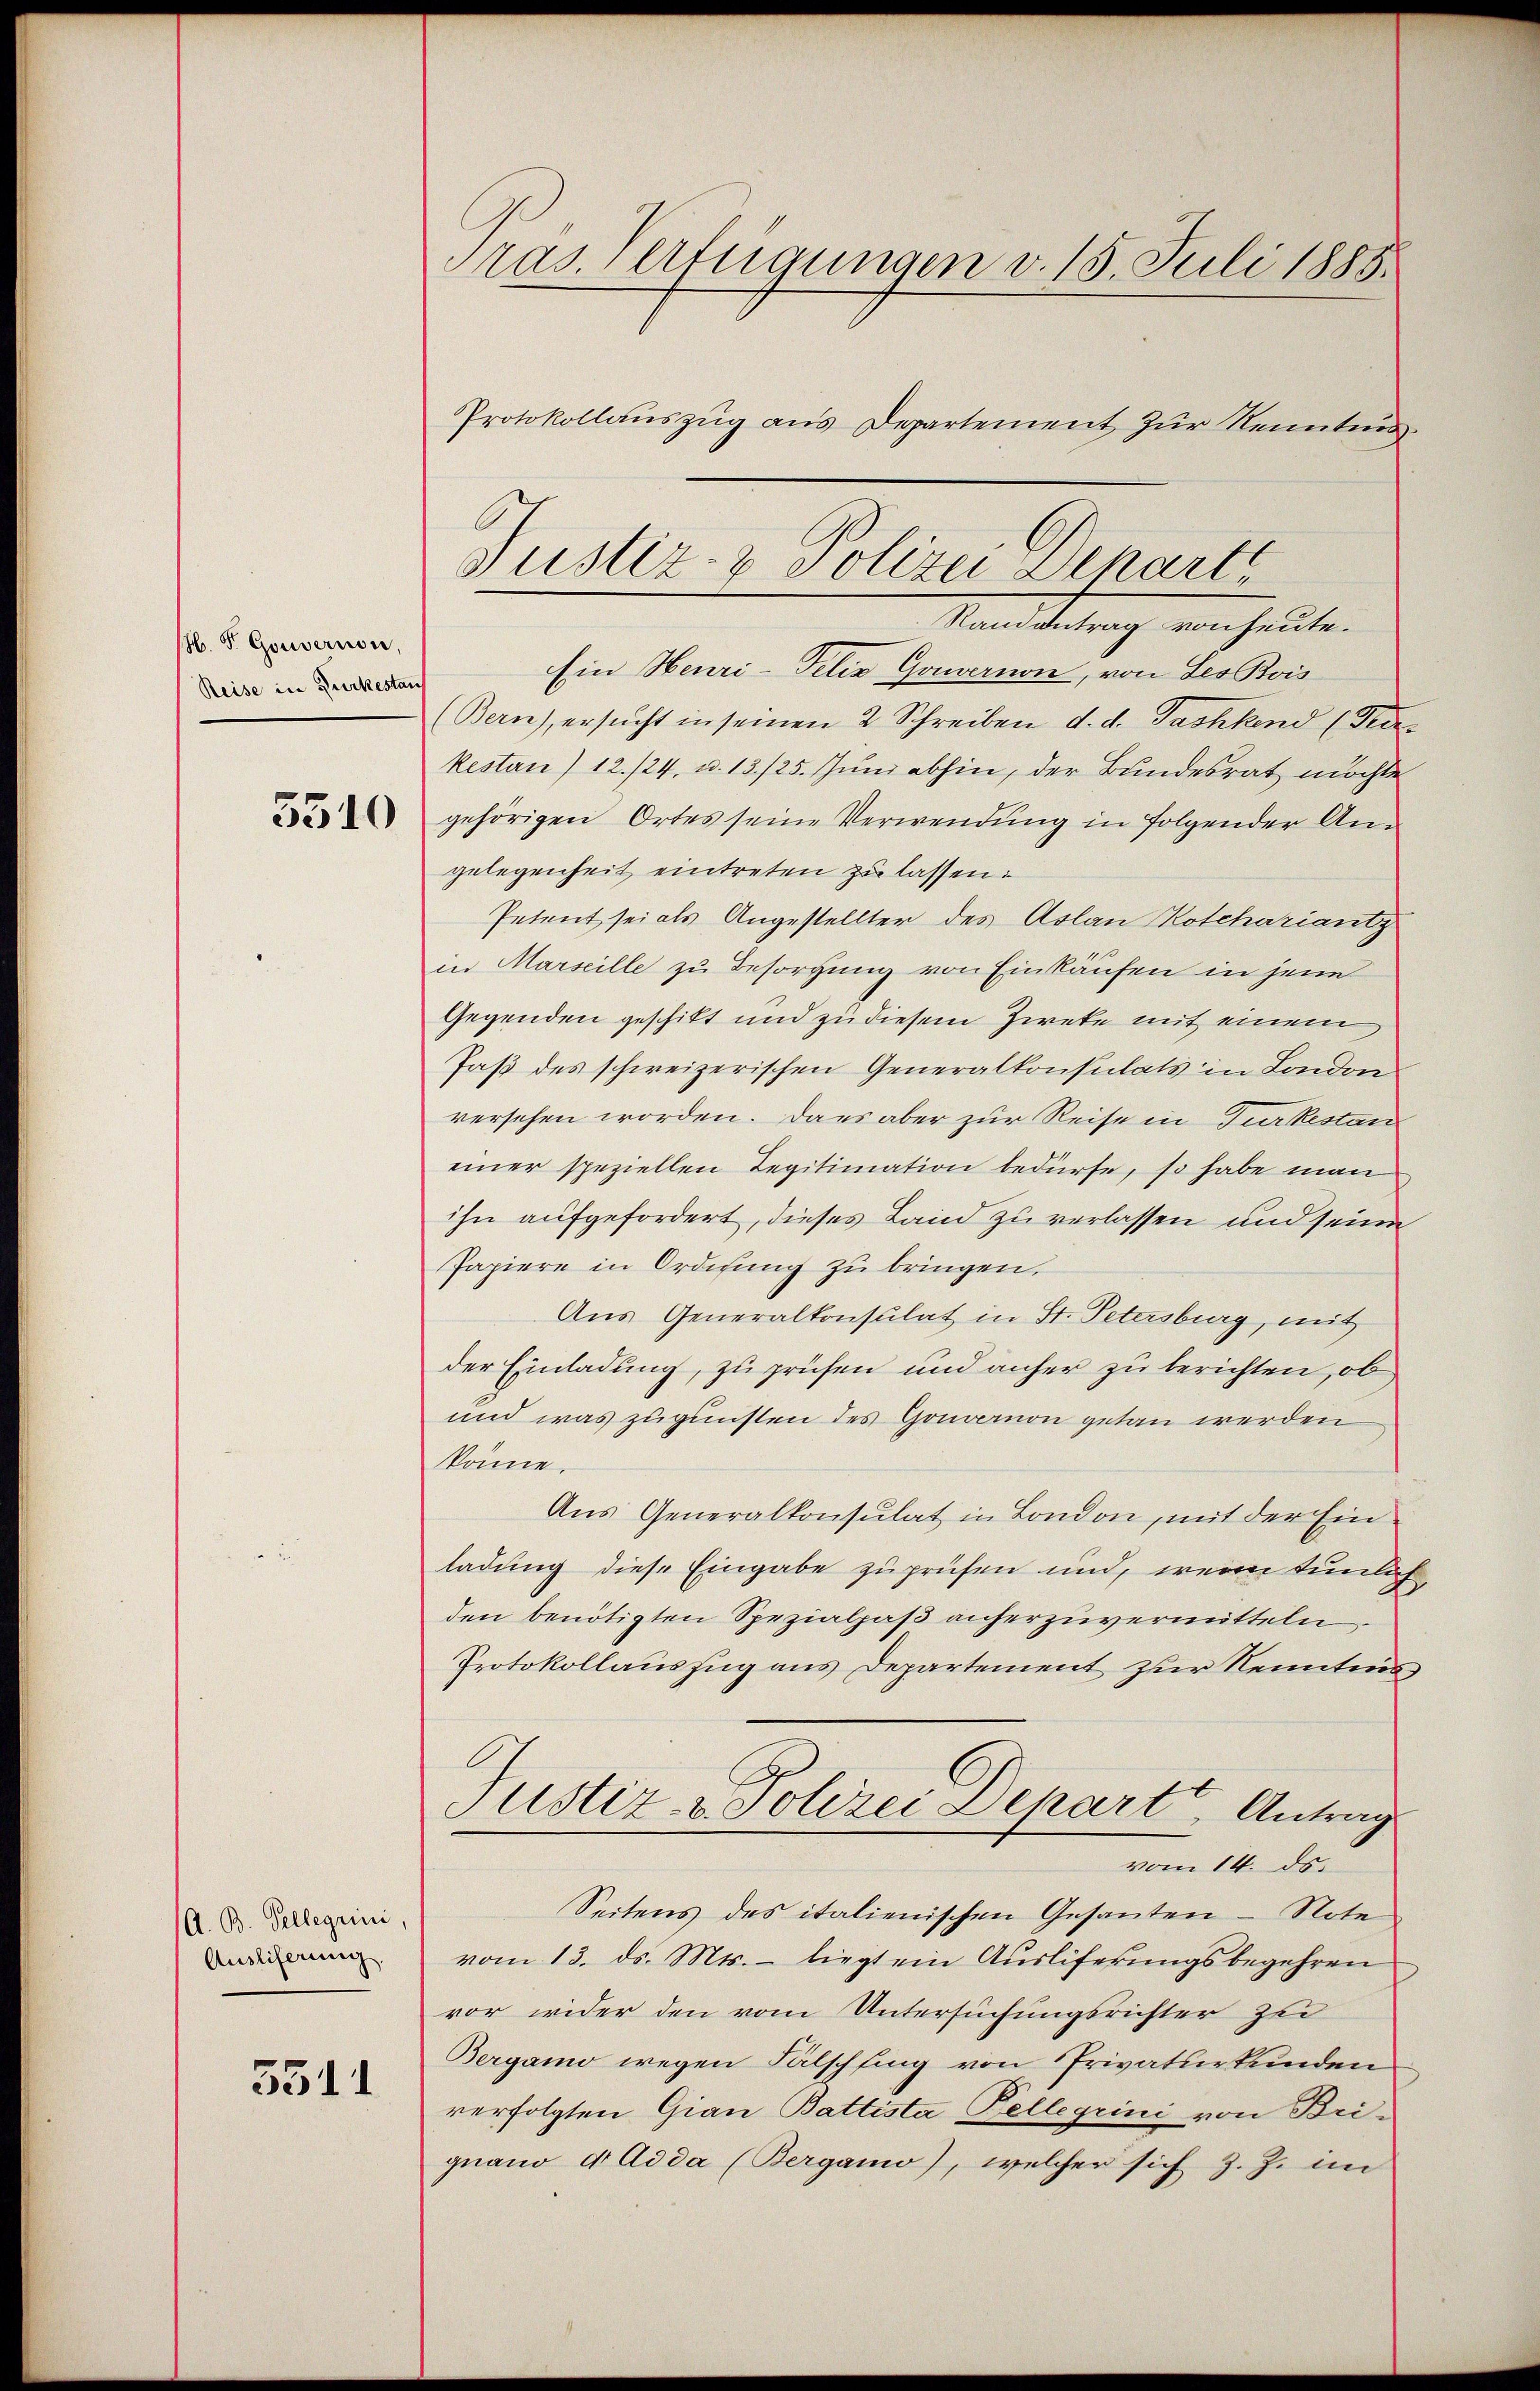
H. F. Gouvernon,
Reise in Gurkestan

5510

A. B. Tellegrini
Ausliferung.

3511

Pras. Verfügungen v. 15. Juli 1885.
Protokollauszug aus Departement zur Kenntnis

Ein Heuri-Felix Gouvernon, von Leo Bois
(Bern), ersucht in seinen 2 Schreiben d. d. Tashkend (Tedekestan) 12./24, u. 13./25. Juni abhin, der Bundesrat möchte
gehörigen Ortes seine Verwendung in folgender Angelegenheit eintreten zu lassen:
Petent sei als Angestellter des Aslan Kotchariantz
in Marseille zu Besorgung von Einkäufen in jene
Gegenden geschikt und zu diesem Zieke mit einem
Jaß des schweizerischen Generalkonsulats in London
versehen worden. Dans aber zur Reise in Gurkestan
einer speziellen Legitimation bedürfe, so habe man
ihn aufgefordert, dieses Land zu verlassen und seine
Papiere in Ordnung zu bringen.
Aus Generalkonsulat in St. Petersburg, mit
der Einladung, zu prüfen und anher zu berichten, ob
und was zugunsten des Gonoemnon getan werden
könne.
Aus Generalkonsulat in London, mit der Ein
ladung diese Eingabe zuprüfen und, wenn tunlich
den benötigten Spezialpaß anherzuvermitteln
Protokollauszug aus Departement zur Kenntens
Justiz- & Polizei Depart, Antrag
vom 14. ds.
Seitens des italienischen Gesanten - Note
vom 13. ds. Mts. – liegt ein Ausliferungsbegehren
vor wider den vom Untersuchungsrichter zu
Bergamo wegen Fälschfing von Privaturkunden
verfolgten Gian Battista Kellegrini von Bri-
gnano d Adda (Bergamo), welcher sich z. Z. in

Justiz- & Polizei Departe
Randantrag von heute.